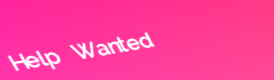
Help Wanted